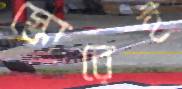
স্কোরেই